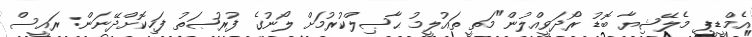
އެމްޑީޕީ މެލޭޝިޔާ ބޮޑު ރޯދަވީއްލުން"މަތީ ތައުލީމު ޙާޞިލްކުރުމަށް ލޯނުގެ ފުރުޞަތު ފަހިކޮށްދޭނަން: ރައީސް